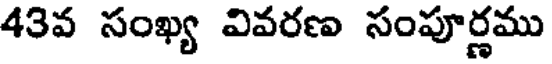
43వ సంఖ్య వివరణ సంపూర్ణము